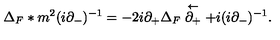
\Delta _ { F } \ast m ^ { 2 } ( i \partial _ { - } ) ^ { - 1 } = - 2 i \partial _ { + } \Delta _ { F } \stackrel { \leftarrow } { \partial _ { + } } + i ( i \partial _ { - } ) ^ { - 1 } .